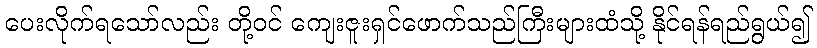
ပေးလိုက်ရသော်လည်း တို့ဝင် ကျေးဇူးရှင်ဖောက်သည်ကြီးများထံသို့ နိုင်ရန်ရည်ရွယ်၍